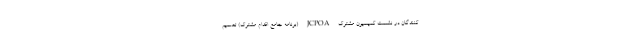
کنندگان در نشست کمیسیون مشترک JCPOA (برنامه جامع اقدام مشترک) تصمیم